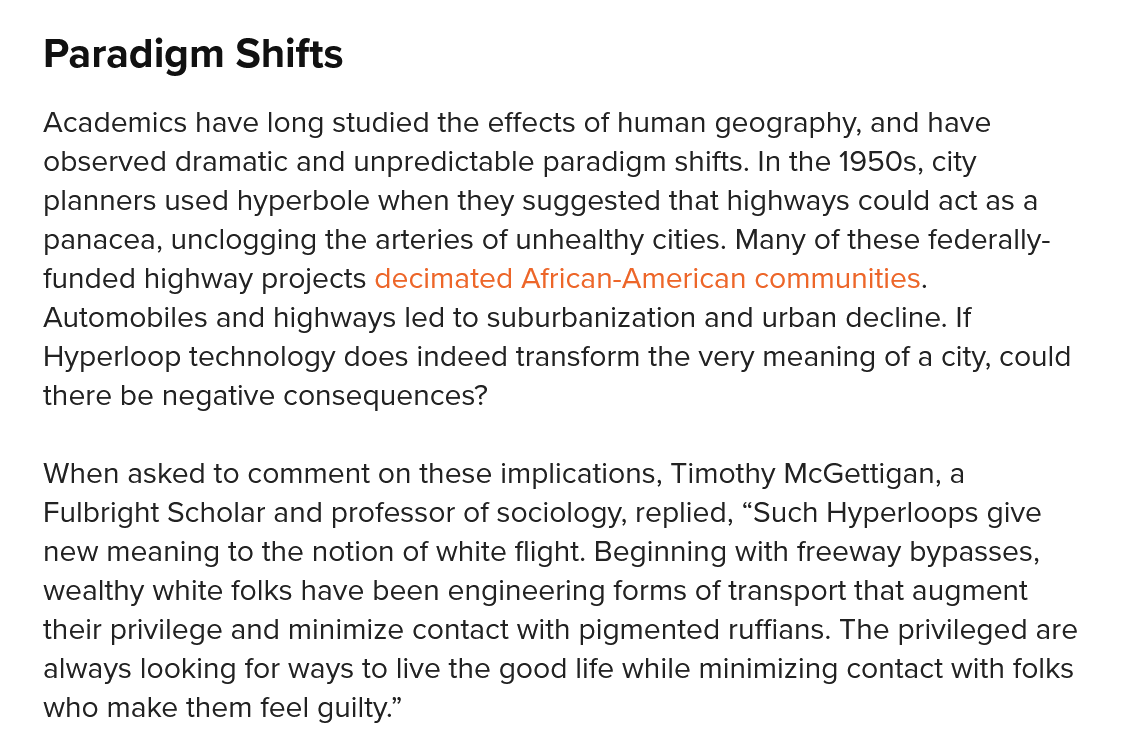
Academics  have long studied the effects of human geography, and have
   observed dramatic and unpredictable paradigm shifts. In the 1950s, city
    planners used hyperbole when they suggested that highways could act as a
    panacea, unclogging the arteries of unhealthy cities. Many of these federally-
   funded highway projects decimated African-American communities.
   Automobiles and highways led to suburbanization and urban decline. If
    Hyperloop technology does indeed transform the very meaning of a city, could
   there be negative consequences?
   When asked  to comment on these implications, Timothy McGettigan, a
    Fulbright Scholar and professor of sociology, replied, “Such Hyperloops give
    new meaning to the notion of white flight. Beginning with freeway bypasses,
   wealthy white folks have been engineering forms of transport that augment
   their privilege and minimize contact with pigmented ruffians. The privileged are
   always looking for ways to live the good life while minimizing contact with folks
   who  make them feel guilty.”
    Paradigm    Shifts